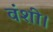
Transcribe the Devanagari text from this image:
वंशी।